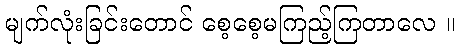
မျက်လုံးခြင်းတောင် စေ့စေ့မကြည့်ကြတာလေ ။